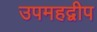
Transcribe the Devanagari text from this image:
उपमहद्वीप